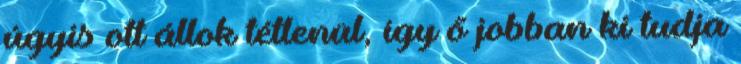
úgyis ott állok tétlenül, így ő jobban ki tudja